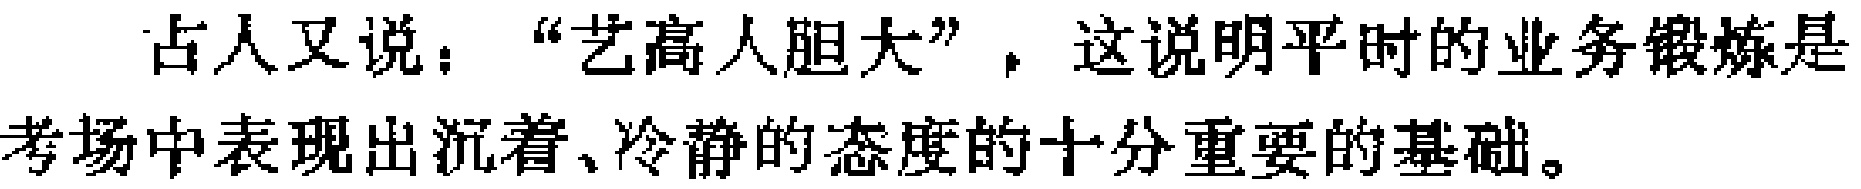
古人又说：“艺高人胆大”，这说明平时的业务锻炼是考场中表现出沉着、冷静的态度的十分重要的基础。